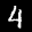
Label: 4